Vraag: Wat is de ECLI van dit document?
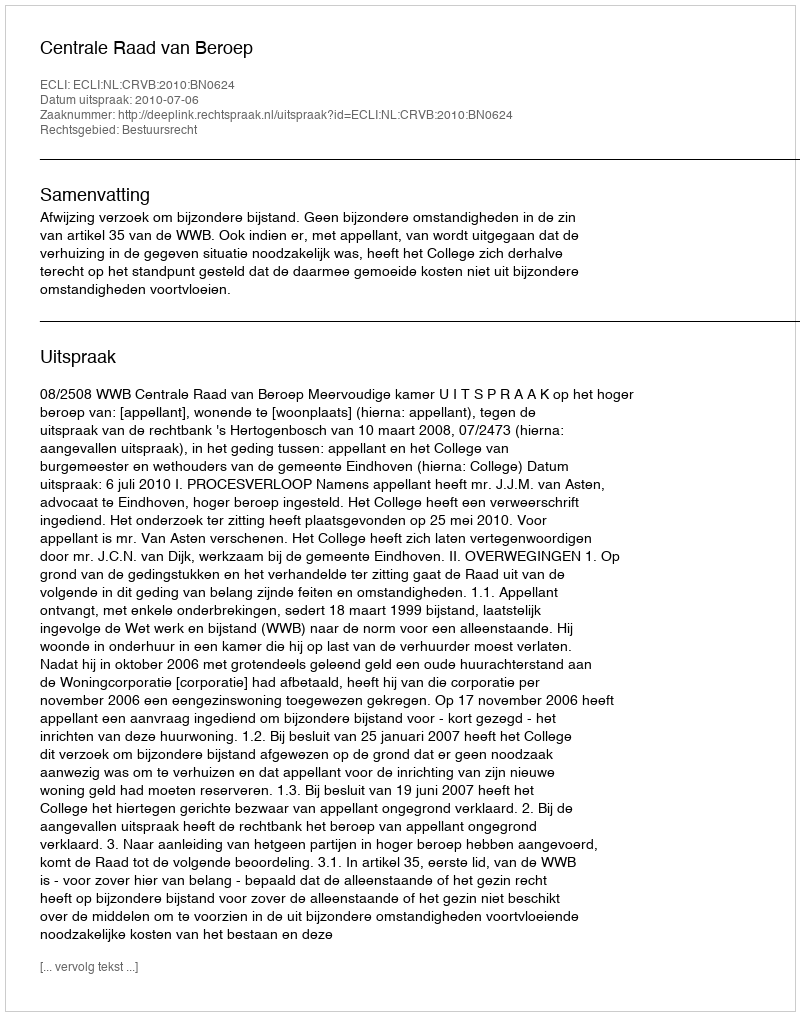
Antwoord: ECLI:NL:CRVB:2010:BN0624